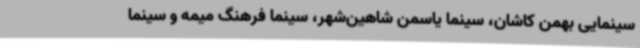
سینمایی بهمن کاشان، سینما یاسمن شاهین‌شهر، سینما فرهنگ میمه و سینما